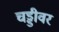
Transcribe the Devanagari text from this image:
चड्डीवर